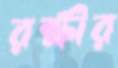
রক্ষীর